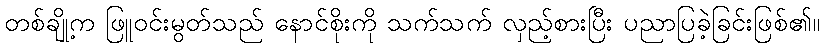
တစ်ချို့က ဖြူဝင်းမွတ်သည် နောင်စိုးကို သက်သက် လှည့်စားပြီး ပညာပြခဲ့ခြင်းဖြစ်၏။